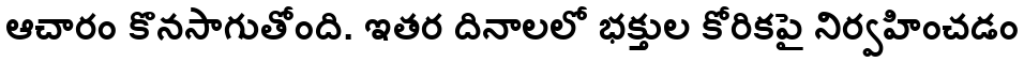
ఆచారం కొనసాగుతోంది. ఇతర దినాలలో భక్తుల కోరికపై నిర్వహించడం